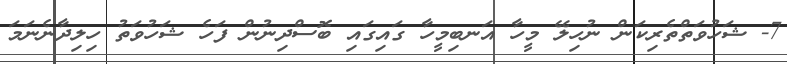
7- ޝަހުވަތްތެރިކަން ނުހިލޭ މީހާ އަނބިމީހާ ގައިގައި ބޮސްދިނުން ފަހެ ޝަހުވަތު ހިލިދާނެނަމަ